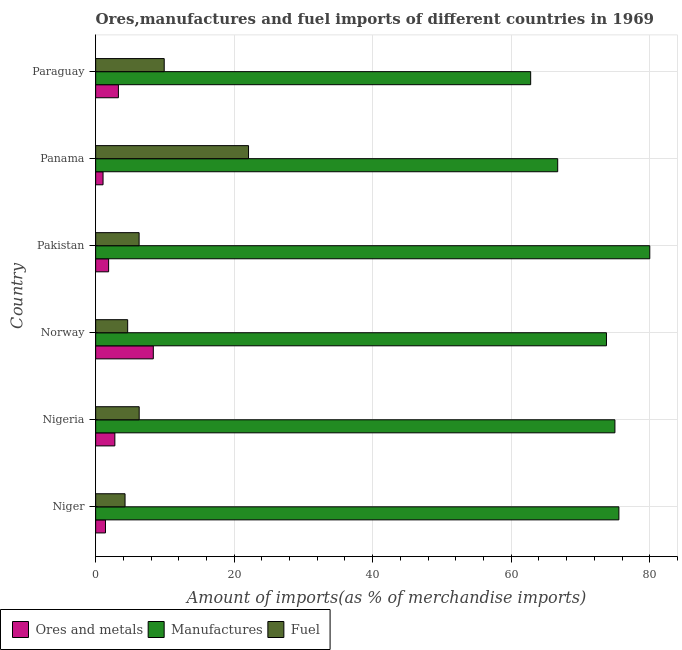
| Country | Ores and metals | Manufactures | Fuel |
 | --- | --- | --- | --- |
 | Niger | 1.42 | 75.5 | 4.24 |
 | Nigeria | 2.77 | 75 | 6.28 |
 | Norway | 8.32 | 73.8 | 4.62 |
 | Pakistan | 1.87 | 80 | 6.27 |
 | Panama | 1.07 | 66.7 | 22.1 |
 | Paraguay | 3.28 | 62.8 | 9.9 |